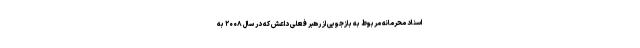
اسناد محرمانه مربوط به بازجویی‌ از رهبر فعلی داعش که در سال ۲۰۰۸ به